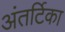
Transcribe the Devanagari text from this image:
अंतर्टिका